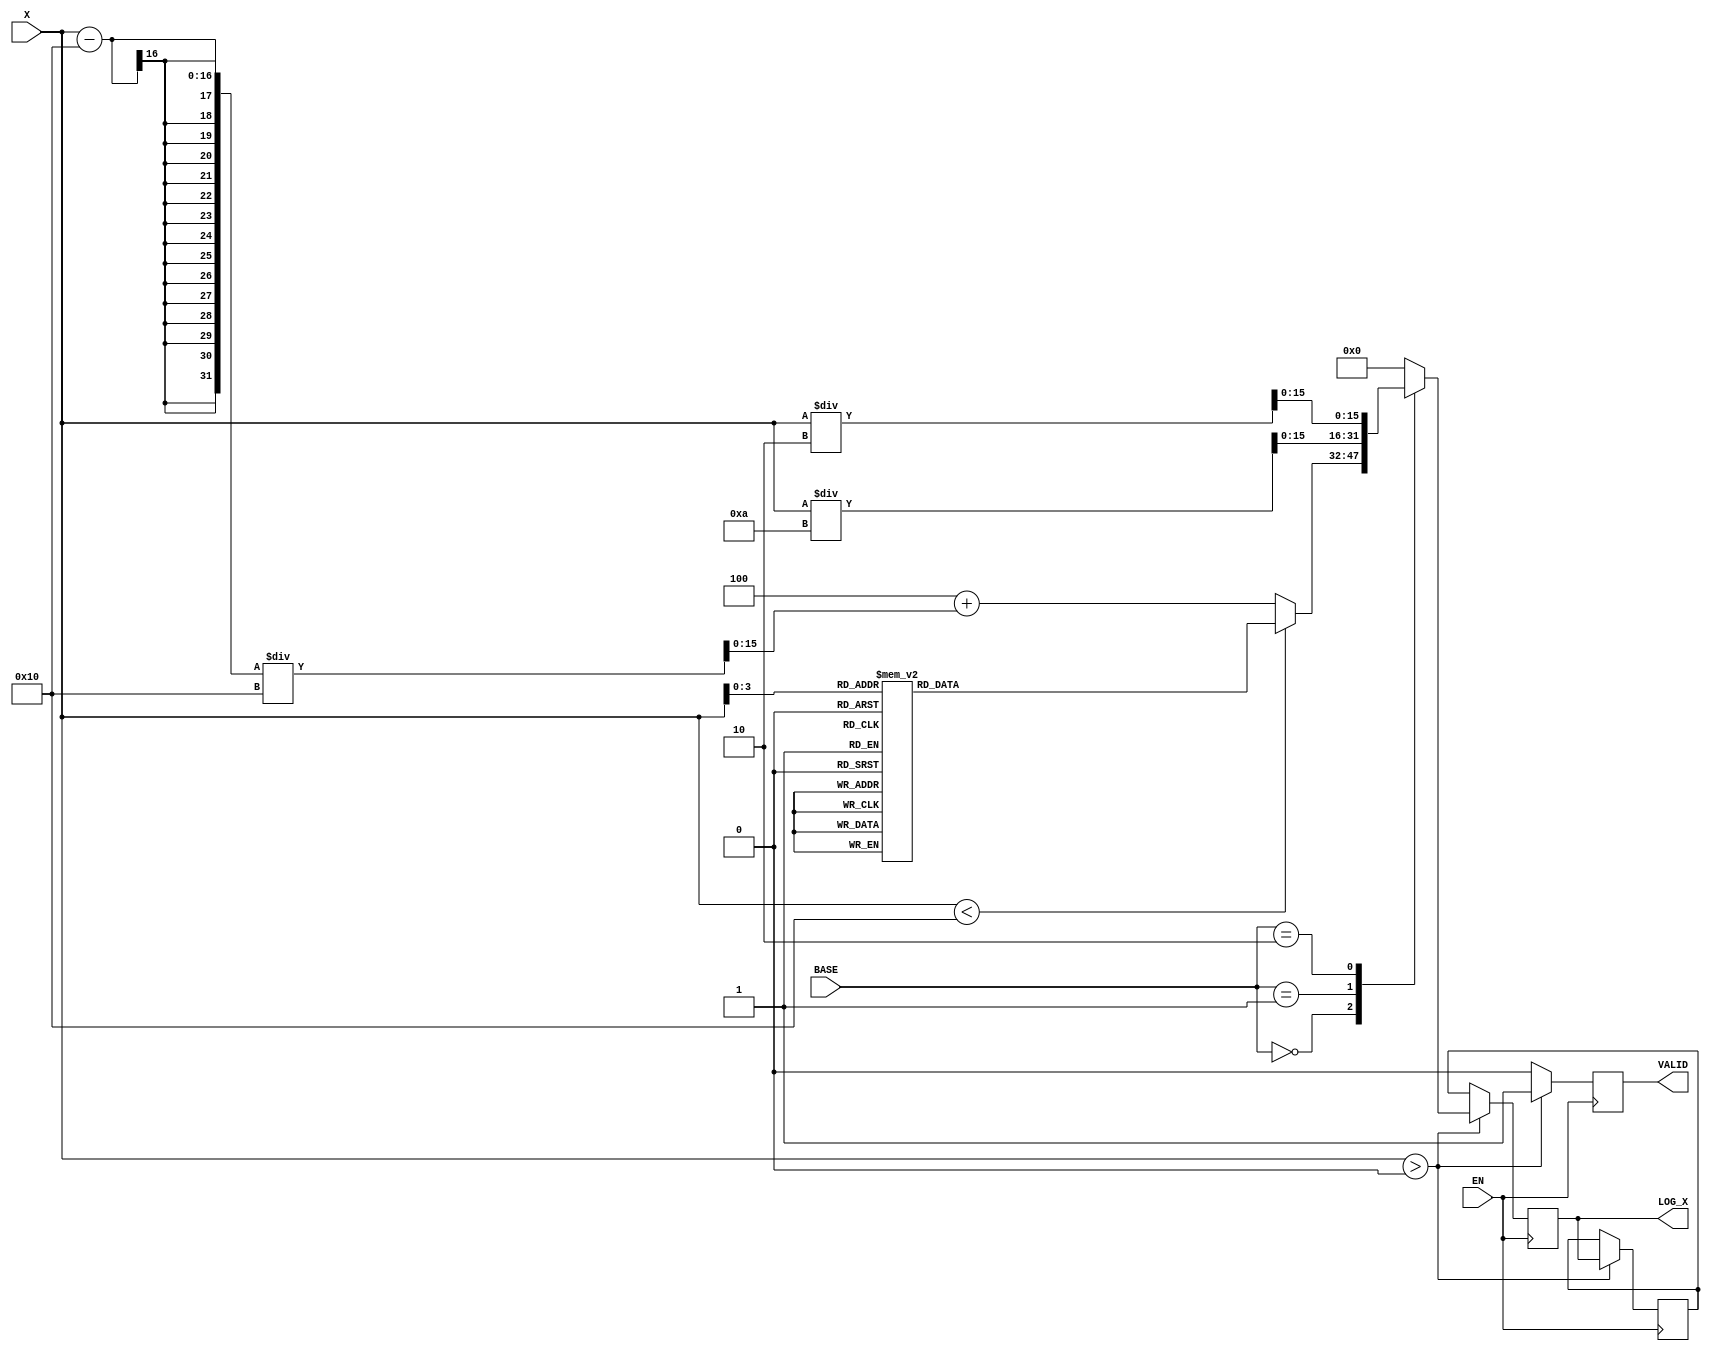
module LogarithmicFunctionGenerator (
    input wire [15:0] X,         // Input signal (16-bit unsigned)
    input wire [1:0] BASE,       // Base selection (00: base 2, 01: base 10, 10: natural log)
    input wire EN,               // Enable signal
    output reg [15:0] LOG_X,     // Logarithmic output (16-bit unsigned)
    output reg VALID             // Valid signal
);

    // Lookup table for logarithm values (for simplicity, using a small range)
    reg [15:0] lut [0:15]; // LUT for values 1 to 16
    initial begin
        lut[0] = 0;   // log(1) = 0
        lut[1] = 0;   // log(1) = 0
        lut[2] = 1;   // log2(2) = 1
        lut[3] = 1;   // log2(3) ~ 1.585
        lut[4] = 2;   // log2(4) = 2
        lut[5] = 2;   // log2(5) ~ 2.321
        lut[6] = 2;   // log2(6) ~ 2.585
        lut[7] = 3;   // log2(7) ~ 2.807
        lut[8] = 3;   // log2(8) = 3
        lut[9] = 3;   // log2(9) ~ 3.169
        lut[10] = 4;  // log2(10) ~ 3.321
        lut[11] = 4;  // log2(11) ~ 3.459
        lut[12] = 4;  // log2(12) ~ 3.585
        lut[13] = 4;  // log2(13) ~ 3.700
        lut[14] = 4;  // log2(14) ~ 3.807
        lut[15] = 4;  // log2(15) ~ 3.906
    end

    // Internal register to hold the last valid output
    reg [15:0] last_valid_output;

    always @(posedge EN) begin
        if (X > 0) begin
            case (BASE)
                2'b00: begin // Base 2
                    if (X < 16) begin
                        LOG_X <= lut[X]; // Direct lookup
                    end else begin
                        // For values >= 16, use a simple approximation (not accurate)
                        LOG_X <= 4 + (X - 16) / 16; // Approximation for log2
                    end
                end
                2'b01: begin // Base 10
                    // Simple approximation for base 10 (not accurate)
                    LOG_X <= (X > 0) ? (X / 10) : 0; // Placeholder for base 10
                end
                2'b10: begin // Natural log
                    // Simple approximation for natural log (not accurate)
                    LOG_X <= (X > 0) ? (X / 2) : 0; // Placeholder for natural log
                end
                default: LOG_X <= 0; // Default case
            endcase
            VALID <= 1; // Set valid signal
            last_valid_output <= LOG_X; // Store last valid output
        end else begin
            LOG_X <= last_valid_output; // Hold last valid output
            VALID <= 0; // Clear valid signal
        end
    end

endmodule